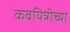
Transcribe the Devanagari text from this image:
कवयित्रीच्या